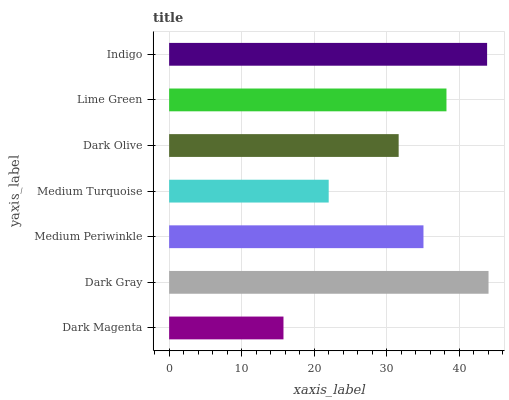
| yaxis_label | bars |
 | --- | --- |
 | Dark Magenta | 15.8 |
 | Dark Gray | 44.1 |
 | Medium Periwinkle | 35.1 |
 | Medium Turquoise | 22 |
 | Dark Olive | 31.7 |
 | Lime Green | 38.3 |
 | Indigo | 43.9 |